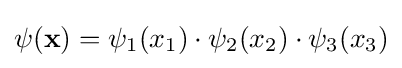
\psi (\mathbf {x} )=\psi _{1}(x_{1})\cdot \psi _{2}(x_{2})\cdot \psi _{3}(x_{3})